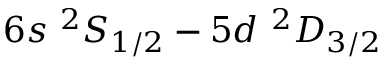
6 s ~ ^ { 2 } S _ { 1 / 2 } - 5 d ~ ^ { 2 } D _ { 3 / 2 }